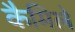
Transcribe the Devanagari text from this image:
कैमिले